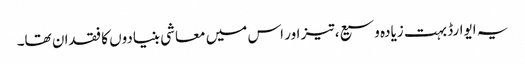
یہ ایوارڈ بہت زیادہ وسیع، تیز اور اس میں معاشی بنیادوں کا فقدان تھا۔